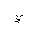
Letter: _ya